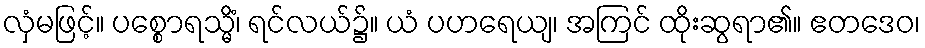
လှံမဖြင့်။ ပစ္စောရသ္မိံ၊ ရင်လယ်၌။ ယံ ပဟရေယျ၊ အကြင် ထိုးဆွရာ၏။ ဧတဒေဝ၊